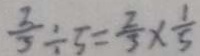
\frac { 2 } { 3 } \div 5 = \frac { 2 } { 3 } \times \frac { 1 } { 5 }